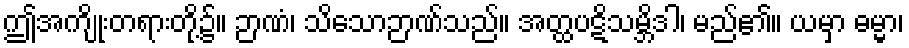
ဤအကျိုးတရားတို့၌။ ဉာဏံ၊ သိသောဉာဏ်သည်။ အတ္ထပဋိသမ္ဘိဒါ၊ မည်၏။ ယမှာ ဓမ္မာ၊